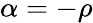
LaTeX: \alpha=-\rho